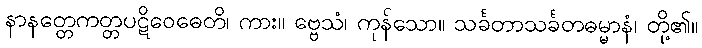
နာနတ္တေကတ္တပဋိဝေဓေတိ၊ ကား။ ဗ္ဗေသံ၊ ကုန်သော။ သင်္ခတာသင်္ခတဓမ္မာနံ၊ တို့၏။